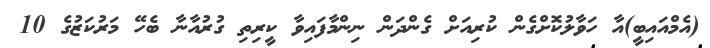
(އެމްއައިބީ)އާ ހަވާލުކޮށްގެން ކުރިއަށް ގެންދަން ނިންމާފައިވާ ކީރިތި ގުރުއާނާ ބެހޭ މަރުކަޒުގެ 10